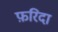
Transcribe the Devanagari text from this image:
फ़रिदा